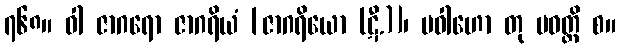
၇၆၈။ ဝါ ဇာဂရော ဇာဂရိယံ [ဇာဂရိယော (ဋီ.)]၊ ပဝါဟော တု ပဝတ္တိ စ။